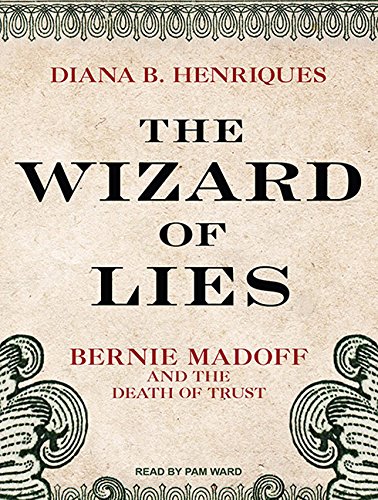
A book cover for The Wizard of Lies: Bernie Madoff and the Death of Trust; Diana B. Henriques; Biographies & Memoirs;